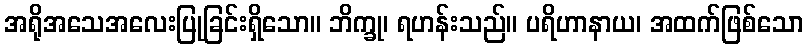
အရိုအသေအလေးပြုခြင်းရှိသော။ ဘိက္ခု၊ ရဟန်းသည်။ ပရိဟာနာယ၊ အထက်ဖြစ်သော